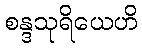
စန္ဒသုရိယေဟိ